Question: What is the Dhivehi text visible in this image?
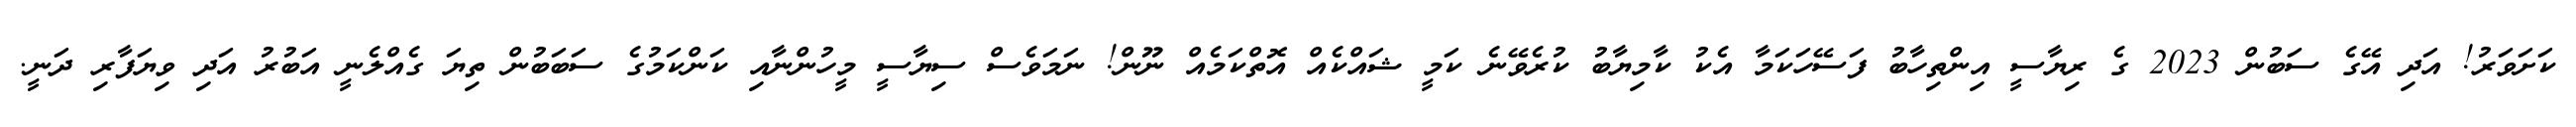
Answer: ކަށަވަރު! އަދި އޭގެ ސަބުން 2023 ގެ ރިޔާސީ އިންތިހާބު ފަސޭހަކަމާ އެކު ކާމިޔާބު ކުރެވޭނެ ކަމީ ޝައްކެއް އޮތްކަމެއް ނޫން! ނަމަވެސް ސިޔާސީ މީހުންނާއި ކަންކަމުގެ ސަބަބުން ތިޔަ ގެއްލެނީ އަބުރު އަދި ވިޔަފާރި ދަނީ.